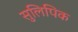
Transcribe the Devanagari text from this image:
सुलिपिक